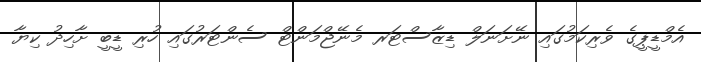
އެމްޑީޕީގެ ވެރިކަމުގައި ނޭށަނަލް ޑިޒާސްޓަރ މެނޭޖްމަންޓް ސެންޓަރުގައި ހުރި ޑީބީ ށާހިދު ކިޔާ